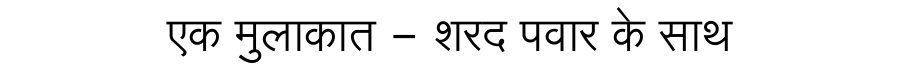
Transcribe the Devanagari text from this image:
एक मुलाकात - शरद पवार के साथ